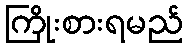
ကြိုးစားရမည်